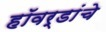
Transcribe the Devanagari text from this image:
हॉवर्डांचे